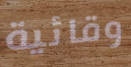
وقائية